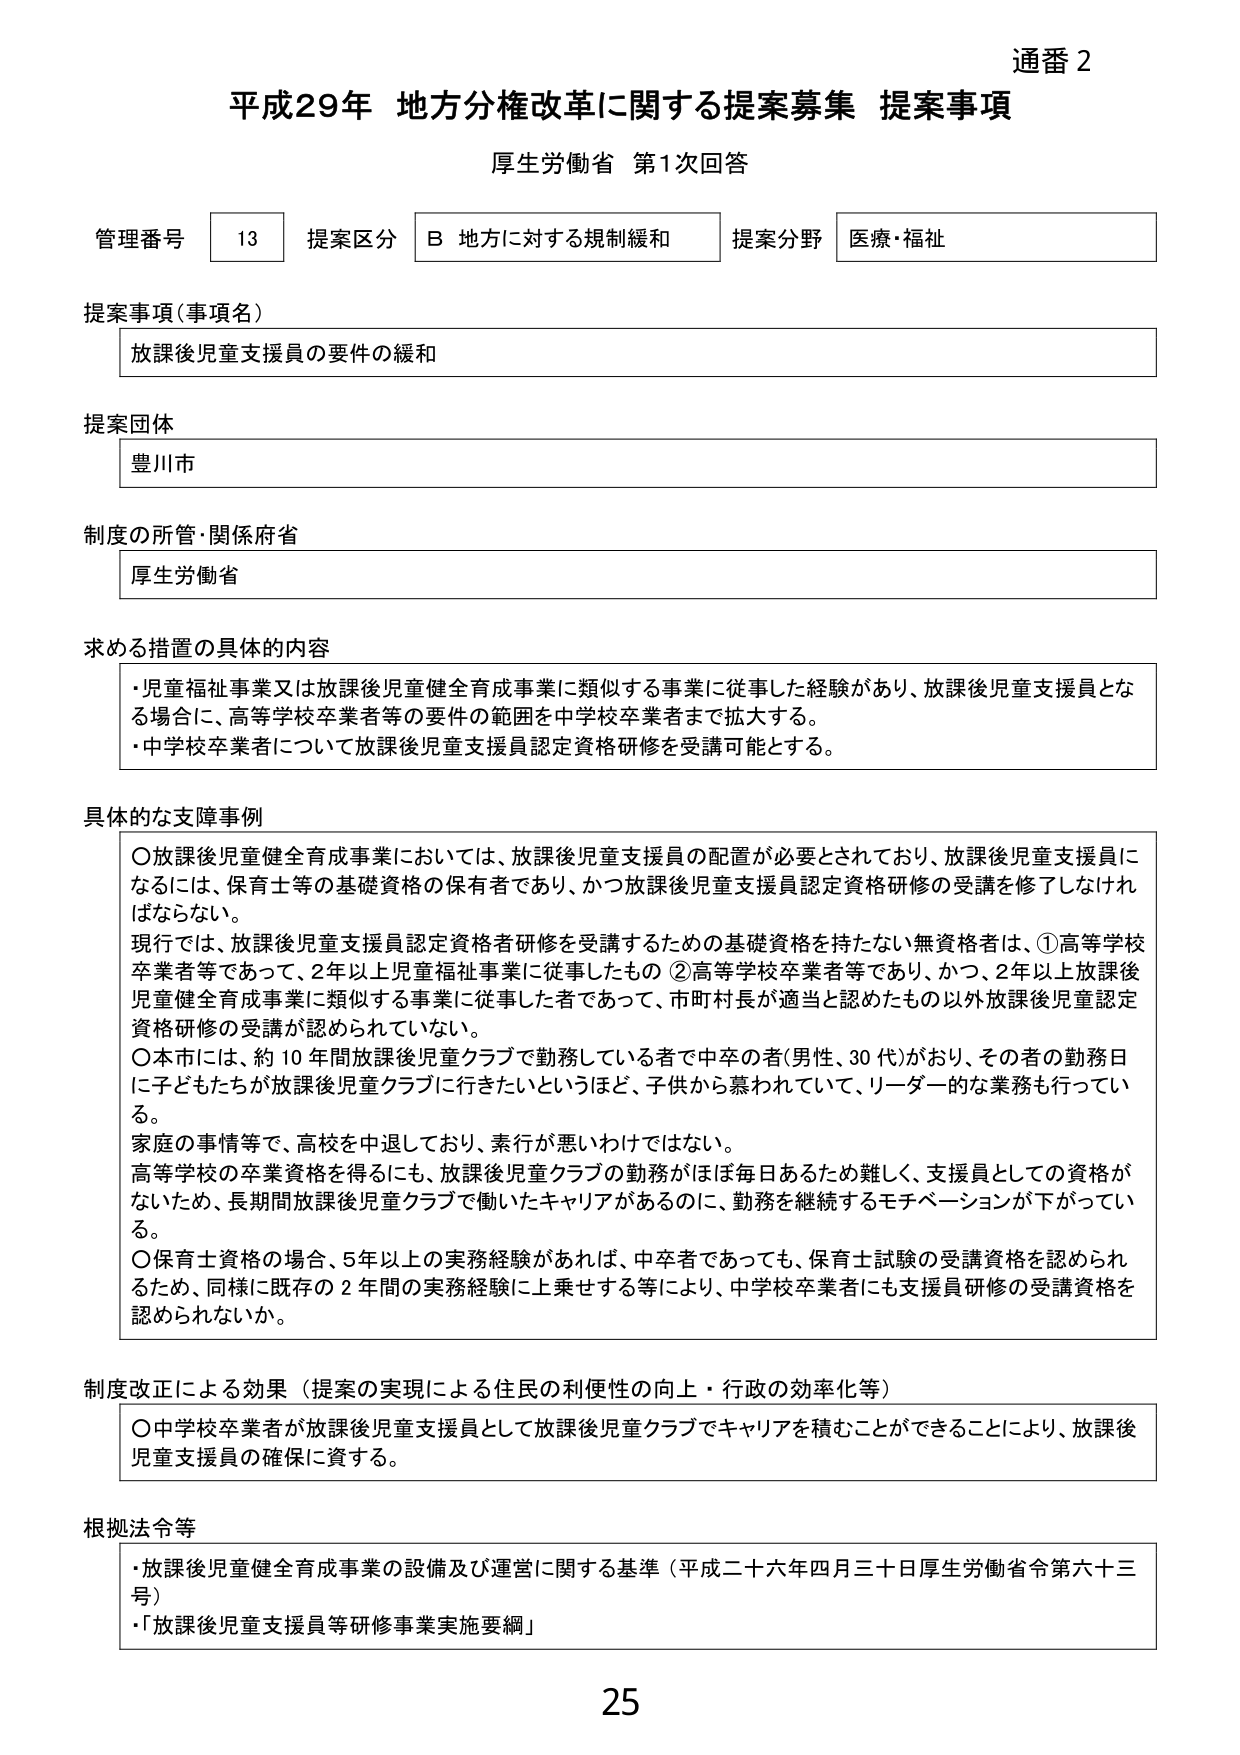
通番 2
平成29年 地方分権改革に関する提案募集 提案事項
厚生労働省 第1次回答

管理番号 13 提案区分 B 地方に対する規制緩和 提案分野 医療・福祉

提案事項（事項名）
放課後児童支援員の要件の緩和

提案団体
豊川市

制度の所管・関係府省
厚生労働省

求める措置の具体的内容
・児童福祉事業又は放課後児童健全育成事業に類似する事業に従事した経験があり、放課後児童支援員となる場合に、高等学校卒業者等の要件の範囲を中学校卒業者まで拡大する。
・中学校卒業者について放課後児童支援員認定資格研修を受講可能とする。

具体的な支障事例
〇放課後児童健全育成事業においては、放課後児童支援員の配置が必要とされており、放課後児童支援員になるには、保育士等の基礎資格の保有者であり、かつ放課後児童支援員認定資格研修の受講を修了しなければならない。
現行では、放課後児童支援員認定資格者研修を受講するための基礎資格を持たない無資格者は、①高等学校卒業者等であって、2年以上児童福祉事業に従事したもの ②高等学校卒業者等であり、かつ、2年以上放課後児童健全育成事業に類似する事業に従事した者であって、市町村長が適当と認めたもの以外放課後児童認定資格研修の受講が認められていない。
〇本市には、約10年間放課後児童クラブで勤務している者で中卒の者（男性、30代）がおり、その者の勤務日に子どもたちが放課後児童クラブに行きたいというほど、子供から慕われていて、リーダー的な業務も行っている。
家庭の事情等で、高校を中退しており、素行が悪いわけではない。
高等学校の卒業資格を得るにも、放課後児童クラブの勤務がほぼ毎日あるため難しく、支援員としての資格がないため、長期間放課後児童クラブで働いたキャリアがあるのに、勤務を継続するモチベーションが下がっている。
〇保育士資格の場合、5年以上の実務経験があれば、中卒者であっても、保育士試験の受講資格を認められるため、同様に既存の2年間の実務経験に上乗せする等により、中学校卒業者にも支援員研修の受講資格を認められないか。

制度改正による効果（提案の実現による住民の利便性の向上・行政の効率化等）
〇中学校卒業者が放課後児童支援員として放課後児童クラブでキャリアを積むことができることにより、放課後児童支援員の確保に資する。

根拠法令等
・放課後児童健全育成事業の設備及び運営に関する基準（平成二十六年四月三十日厚生労働省令第六十三号）
・「放課後児童支援員等研修事業実施要綱」

25